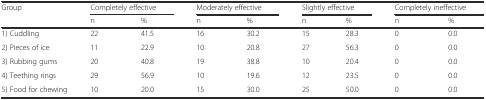
<table><thead><tr><td rowspan="2"><b>Group</b></td><td colspan="2"><b>Completely effective</b></td><td colspan="2"><b>Moderately effective</b></td><td colspan="2"><b>Slightly effective</b></td><td colspan="2"><b>Completely ineffective</b></td></tr><tr><td><b>n</b></td><td><b>%</b></td><td><b>n</b></td><td><b>%</b></td><td><b>n</b></td><td><b>%</b></td><td><b>n</b></td><td><b>%</b></td></tr></thead><tbody><tr><td>1) Cuddling</td><td>22</td><td>41.5</td><td>16</td><td>30.2</td><td>15</td><td>28.3</td><td>0</td><td>0.0</td></tr><tr><td>2) Pieces of ice</td><td>11</td><td>22.9</td><td>10</td><td>20.8</td><td>27</td><td>56.3</td><td>0</td><td>0.0</td></tr><tr><td>3) Rubbing gums</td><td>20</td><td>40.8</td><td>19</td><td>38.8</td><td>10</td><td>20.4</td><td>0</td><td>0.0</td></tr><tr><td>4) Teething rings</td><td>29</td><td>56.9</td><td>10</td><td>19.6</td><td>12</td><td>23.5</td><td>0</td><td>0.0</td></tr><tr><td>5) Food for chewing</td><td>10</td><td>20.0</td><td>15</td><td>30.0</td><td>25</td><td>50.0</td><td>0</td><td>0.0</td></tr></tbody></table>